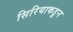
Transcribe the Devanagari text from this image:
सिरियाकडून